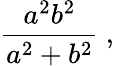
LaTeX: {\frac{a^{2}b^{2}}{a^{2}+b^{2}}}\ ,